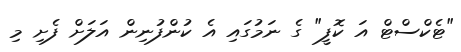
"ޓެކްސްޓް އަ ކޮފީ" ގެ ނަމުގައި އެ ކުންފުނިން އަލަށް ފެށި މި